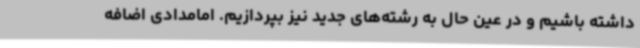
داشته باشیم و در عین حال به رشته‌های جدید نیز بپردازیم. امامدادی اضافه